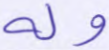
وله